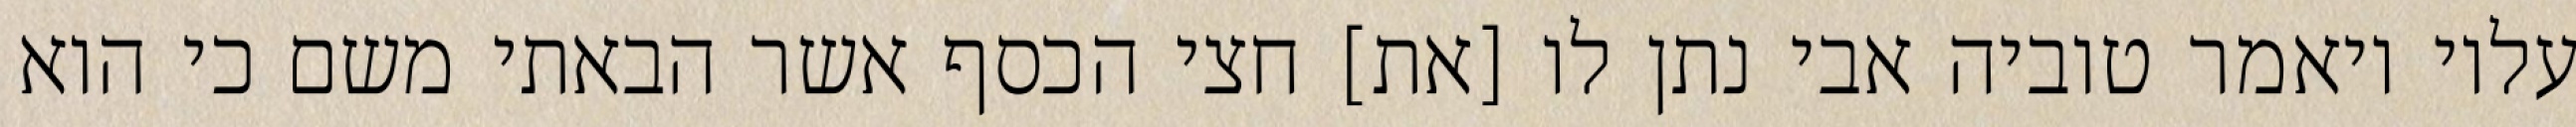
עליו ויאמר טוביה אבי נתן לו [את] חצי הכסף אשר הבאתי משם כי הוא